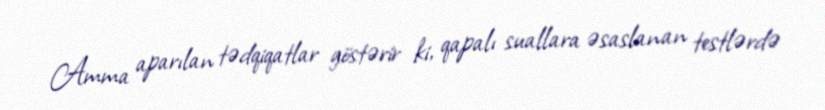
Amma aparılan tədqiqatlar göstərir ki, qapalı suallara əsaslanan testlərdə